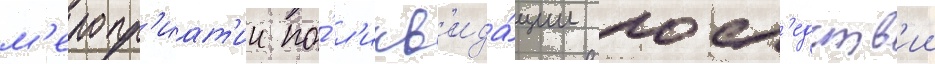
м'еропр'иат'ии по́ л'икв'ида́ции посл'едств'ии